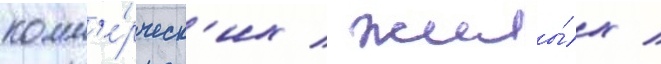
комм'е́рческ'их / жилы́х /